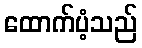
ထောက်ပံ့သည်